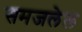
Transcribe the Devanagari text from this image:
समजलेल